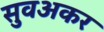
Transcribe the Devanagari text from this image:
सुवअकर